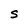
Character: S